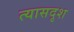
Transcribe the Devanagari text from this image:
त्यासदृश